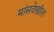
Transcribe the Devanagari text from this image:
मांसदेखील